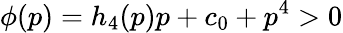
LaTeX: \phi(p)=h_{4}(p)p+c_{0}+p^{4}>0